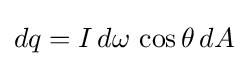
dq=I\,d\omega \,\cos \theta \,dA